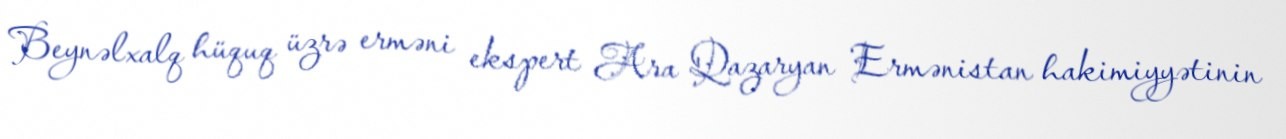
Beynəlxalq hüquq üzrə erməni ekspert Ara Qazaryan Ermənistan hakimiyyətinin